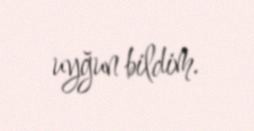
uyğun bildim.